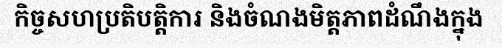
កិច្ចសហប្រតិបត្តិការ និងចំណងមិត្តភាពដំណឹងក្នុង